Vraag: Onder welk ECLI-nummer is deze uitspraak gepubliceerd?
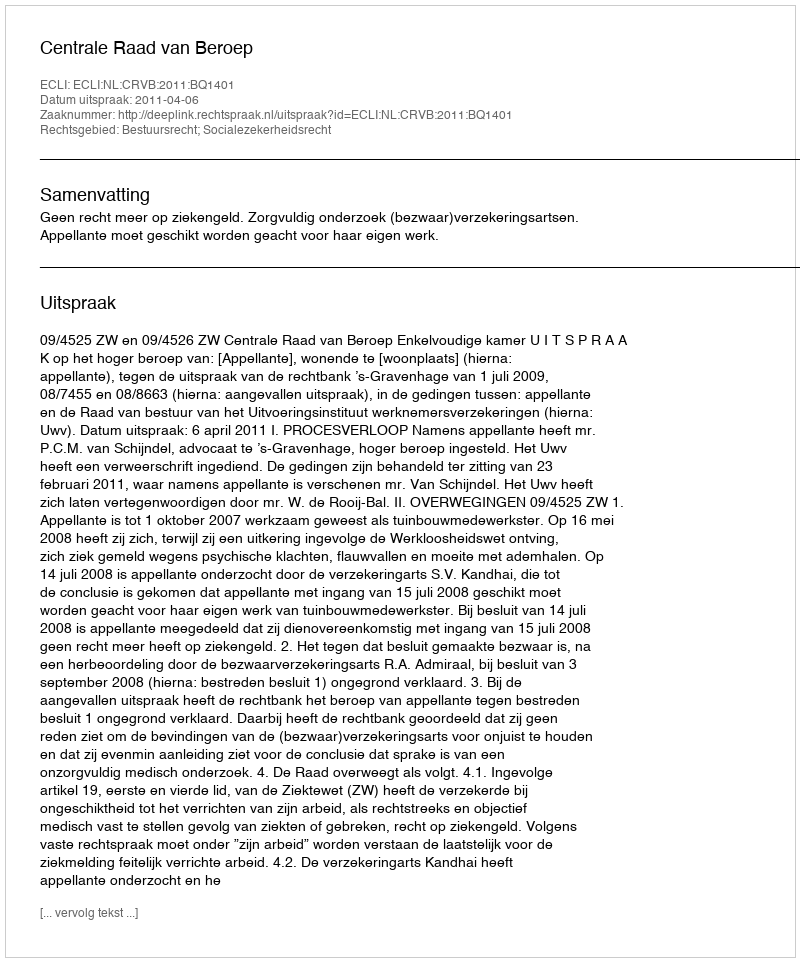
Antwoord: ECLI:NL:CRVB:2011:BQ1401